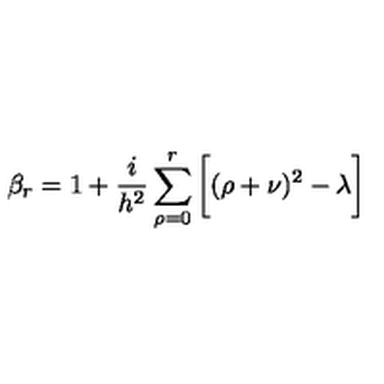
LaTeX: { \beta } _ { r } = 1 + \frac { i } { h ^ { 2 } } \sum _ { \rho = 0 } ^ { r } \bigg [ ( \rho + \nu ) ^ { 2 } - \lambda \bigg ]